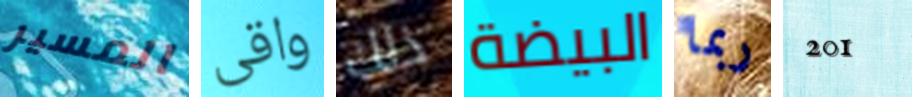
المسير واقى ذلك البيضة ربما 201